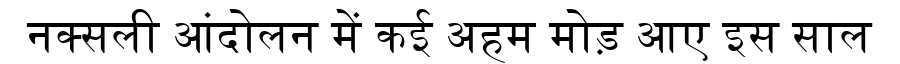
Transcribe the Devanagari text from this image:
नक्सली आंदोलन में कई अहम मोड़ आए इस साल